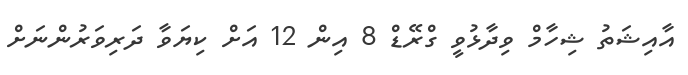
އާއިޝަތު ޝިހާމް ވިދާޅުވީ ގްރޭޑް 8 އިން 12 އަށް ކިޔަވާ ދަރިވަރުންނަށް